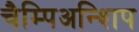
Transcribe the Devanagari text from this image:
चैम्पिअन्शिप